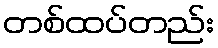
တစ်ထပ်တည်း